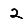
Digit: 2